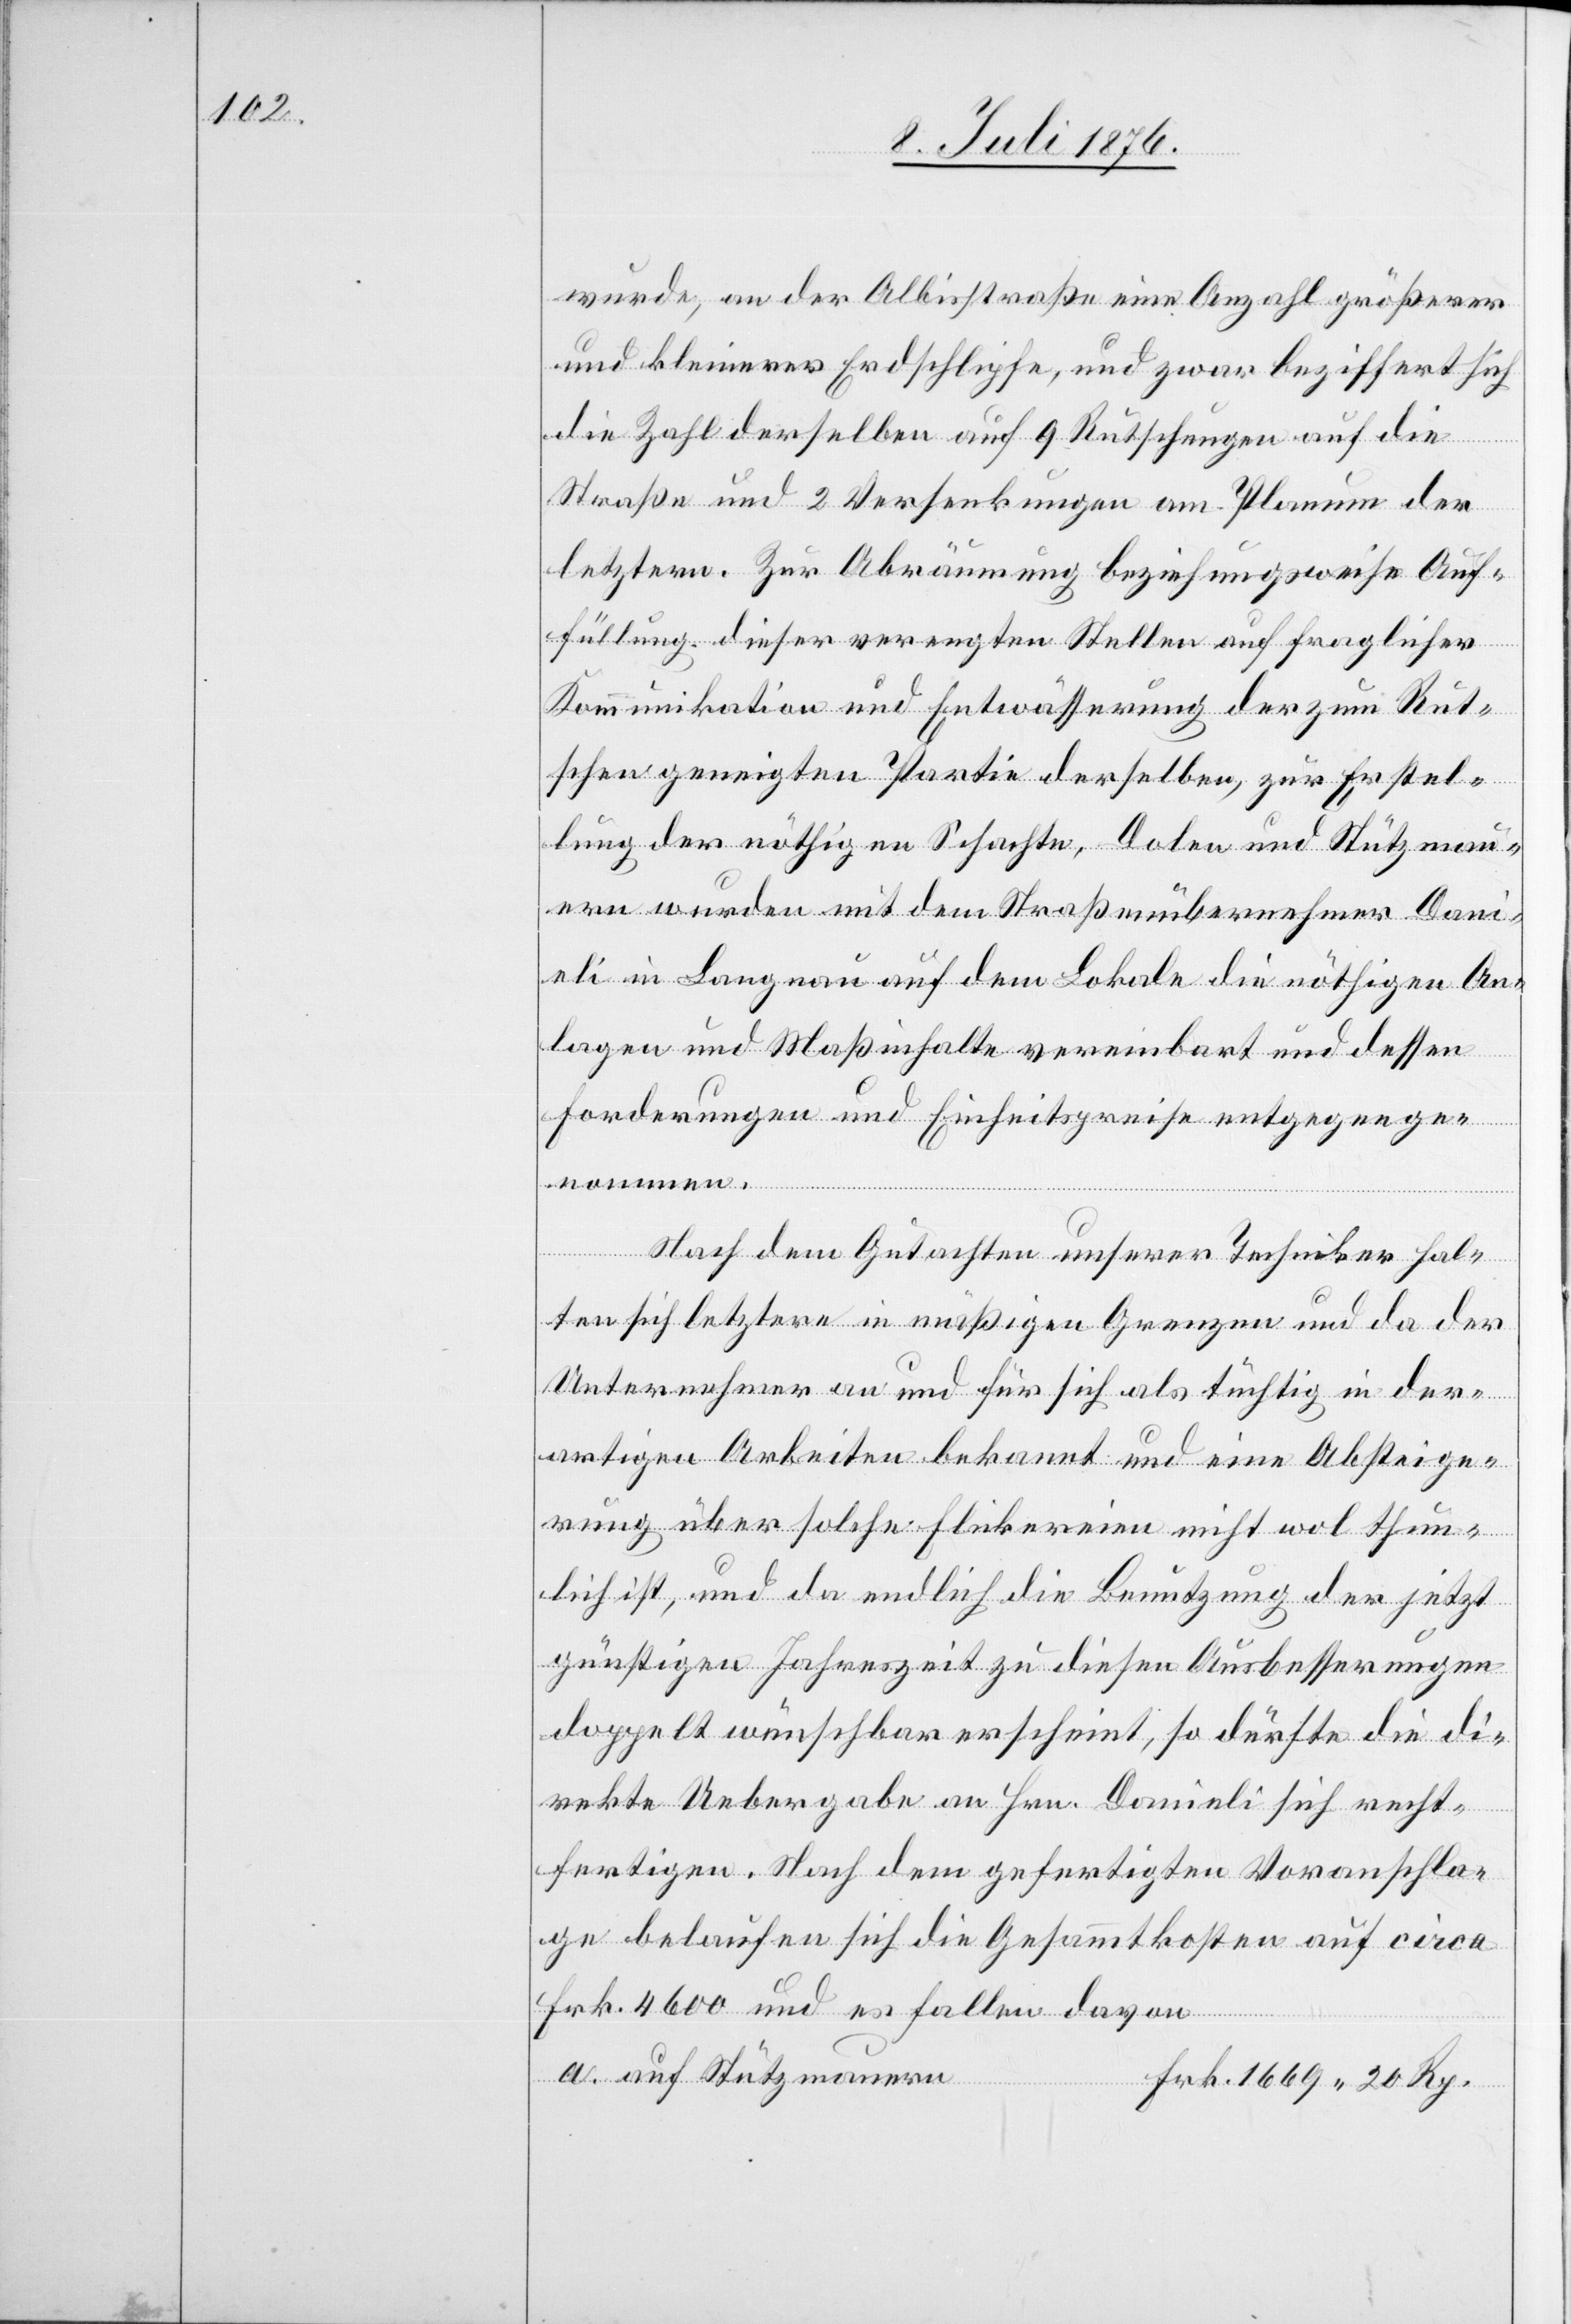
wurde, an der Albisstraße eine Anzahl größerer
und kleinerer Erdschlipfe, und zwar beziffert sich
die Zahl derselben auf 9 Rutschungen auf die
Straße und 2 Versenkungen am Planum der
letztern. Zur Abräumung beziehungsweise Auf¬
füllung dieser verengten Stellen auf fraglicher
Kommunikation und Entwässerung der zum Rut¬
schen geneigten Partie derselben, zur Erstel¬
lung der nöthigen Schachte, Dolen und Stützmau¬
ern wurden mit dem Straßenübernehmer Dani¬
eli in Langnau auf dem Lokale die nöthigen An¬
lagen und Maßinhalte vereinbart und dessen
Forderungen und Einheitspreise entgegenge¬
nommen.
Nach dem Gutachten unserer Techniker hal¬
ten sich letztere in mäßigen Grenzen und da der
Unternehmer an und für sich als tüchtig in der¬
artigen Arbeiten bekannt und eine Absteige¬
rung über solche Flickereien nicht wol thun¬
lich ist, und da endlich die Benutzung der jetzt
günstigen Jahreszeit zu diesen Ausbesserungen
doppelt wünschbar erscheint, so dürfte die di¬
rekte Uebergabe an Hrn. Danieli sich recht¬
fertigen. Nach dem gefertigten Voranschla¬
ge belaufen sich die Gesammtkosten auf circa
Frk. 4600 und es fallen davon